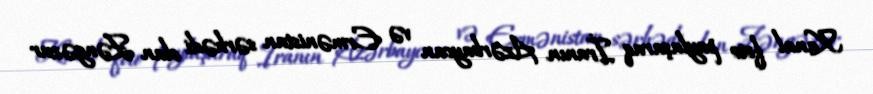
Kanal foto paylaşaraq İranın Azərbaycan və Ermənistan sərhədi olan Zəngəzur